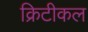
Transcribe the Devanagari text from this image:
क्रिटीकल